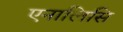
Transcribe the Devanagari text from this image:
एनालिसि